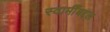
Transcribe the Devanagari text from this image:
स्वामीँबद्दल